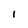
Character: 1